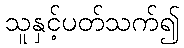
သူနှင့်ပတ်သက်၍